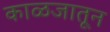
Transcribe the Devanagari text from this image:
काळजातून